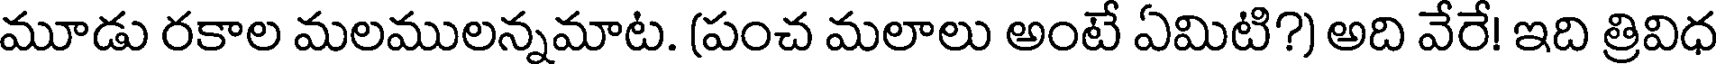
మూడు రకాల మలములన్నమాట. (పంచ మలాలు అంటే ఏమిటి?) అది వేరే! ఇది త్రివిధ